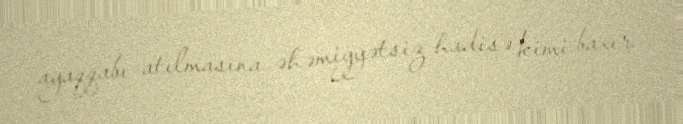
ayaqqabı atılmasına əhəmiyyətsiz hadisə kimi baxır.